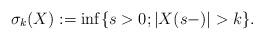
LaTeX: \begin{align*}\sigma_k(X): = \inf\{s>0; |X(s-)|> k\}. \end{align*}